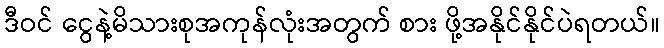
ဒီဝင် ငွေနဲ့မိသားစုအကုန်လုံးအတွက် စား ဖို့အနိုင်နိုင်ပဲရတယ်။